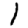
Digit: 1